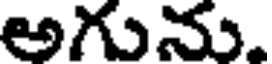
అగును.